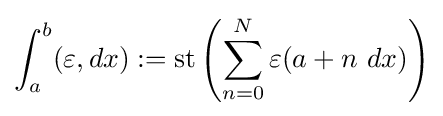
\int _{a}^{b}(\varepsilon ,dx):=\operatorname {st} \left(\sum _{n=0}^{N}\varepsilon (a+n\ dx)\right)